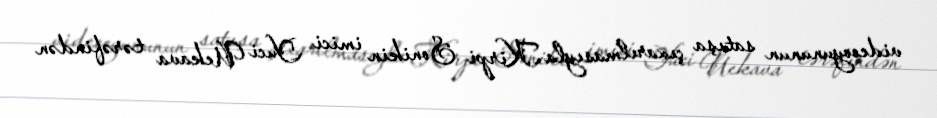
videooyununun satışa çıxarılmasıyla Kirpi Sonikin imici Yuci Uekava tərəfindən